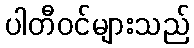
ပါတီဝင်များသည်